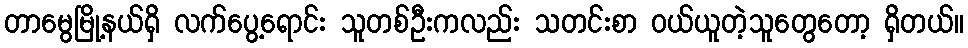
တာမွေမြို့နယ်ရှိ လက်ပွေ့ရောင်း သူတစ်ဦးကလည်း သတင်းစာ ဝယ်ယူတဲ့သူတွေတော့ ရှိတယ်။